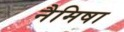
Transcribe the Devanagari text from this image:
नैमिषा